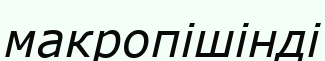
макропішінді